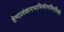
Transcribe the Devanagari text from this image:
हेमालंकारभाभिर्भरनमितशिखैः